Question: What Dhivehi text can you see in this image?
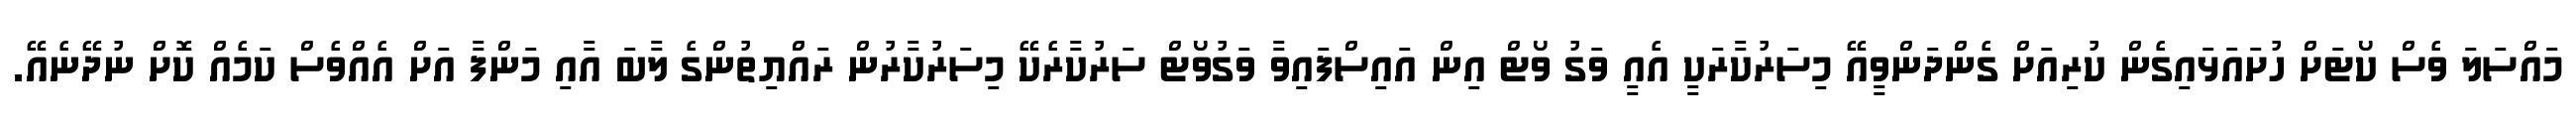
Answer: މައްސަލަ ވެސް ކޯޓަށް ހުށައަޅައިގެން ކުރިއަށް ގެންދަންވީއޭ މިސަރުކާރަކީ އެއީ ވަގު ވޯޓް އިން އައިސްފައިވާ ވަގުވޯޓް ސަރުކާރެކޭ މިސަރުކާރުން ރައްޔިތުންގެ ލާބަ އާއި މަންފާ އަށް އެއްވެސް ކަމެއް ކޮށް ނުދޭނެއޭ.